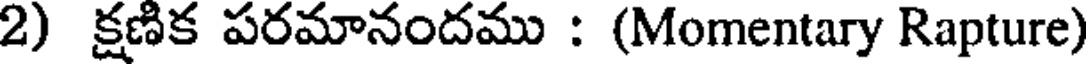
2) క్షణిక పరమానందము : (Momentary Rapture)